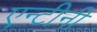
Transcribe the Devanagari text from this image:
एन्टीनी